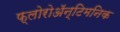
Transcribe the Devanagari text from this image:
फ्लोरोअॅन्टिमनिक